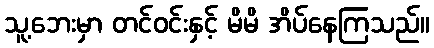
သူ့ဘေးမှာ တင်ဝင်းနှင့် မိမိ အိပ်နေကြသည်။